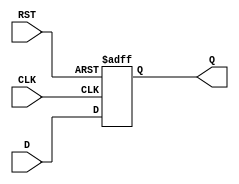
module IntermediateRegister #(
    parameter WIDTH = 8  // Parameter to define the width of the register
)(
    input wire [WIDTH-1:0] D,  // Data input
    input wire CLK,             // Clock signal
    input wire RST,             // Reset signal
    output reg [WIDTH-1:0] Q    // Data output
);

    // Always block that triggers on the rising edge of the clock or when reset is asserted
    always @(posedge CLK or posedge RST) begin
        if (RST) begin
            Q <= {WIDTH{1'b0}};  // Clear the register to zero on reset
        end else begin
            Q <= D;              // Store the data input on clock edge
        end
    end

endmodule